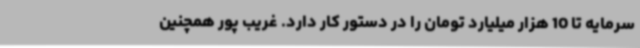
سرمایه تا 10 هزار میلیارد تومان را در دستور کار دارد. غریب پور همچنین